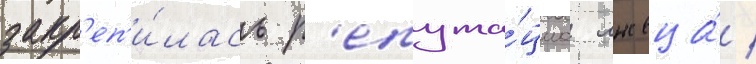
закр'еп'и́лась р'епута́циа лжеца́ /